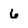
Character: 6